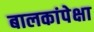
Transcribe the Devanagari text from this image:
बालकांपेक्षा